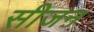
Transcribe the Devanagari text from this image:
सीजऩ